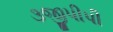
૩જીપીપી